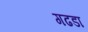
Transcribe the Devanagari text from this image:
गढडा